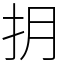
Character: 抈